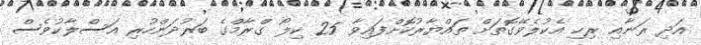
އަދި ރަނާއި ރިހި އެކުލެވޭގޮތަށް ތައްޔާރުކޮށްފައިވާ 25 ކިލޯ ގްރާމްގެ ބަރުދަންހުރި އަސްލާކުވެސް